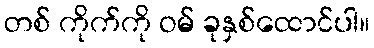
တစ် ကိုက်ကို ဝမ် ခုနှစ်ထောင်ပါ။